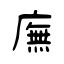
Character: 廡